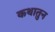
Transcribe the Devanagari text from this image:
कथातुन